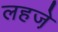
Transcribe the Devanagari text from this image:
लहजे़